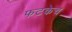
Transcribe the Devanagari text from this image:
फटकेच